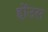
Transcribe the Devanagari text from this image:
होंउस